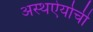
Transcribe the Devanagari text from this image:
अस्थऐर्याची